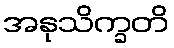
အနုသိက္ခတိ